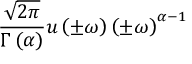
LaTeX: { \frac { \sqrt { 2 \pi } } { \Gamma \left( \alpha \right) } } u \left( \pm \omega \right) \left( \pm \omega \right) ^ { \alpha - 1 }